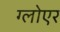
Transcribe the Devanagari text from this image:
ग्लोएर